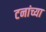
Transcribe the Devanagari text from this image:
टनांच्या